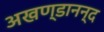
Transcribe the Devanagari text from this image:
अखण्डानन्द